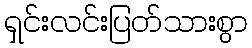
ရှင်းလင်းပြတ်သားစွာ